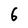
Character: 6